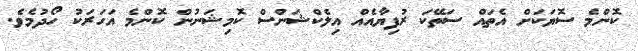
ކޮންމެ ސޮޔަކަށް އެތައް ސަތޭކަ ރުފިޔާއެއް އިލެކްޝަންސް ކޮމިޝަނުން ކޮންމެ އަހަރަކު ހޯދުމެވެ.